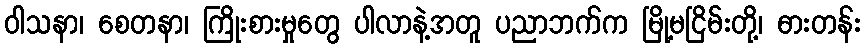
ဝါသနာ၊ စေတနာ၊ ကြိုးစားမှုတွေ ပါလာနဲ့အတူ ပညာဘက်က မြို့မငြိမ်းတို့၊ ဓားတန်း